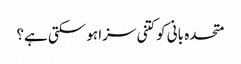
متحدہ بانی کوکتنی سزا ہو سکتی ہے؟